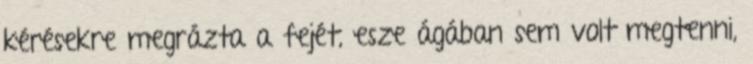
kérésekre megrázta a fejét, esze ágában sem volt megtenni,